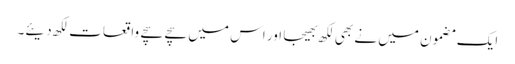
ایک مضمون میں نے بھی لکھ بھیجا اور اس میں سچے سچے واقعات لکھ دیئے۔